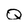
Character: Q